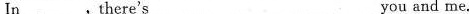
In___,there's___ ___ ___you and me.